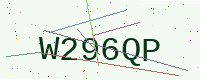
Text: W296QP